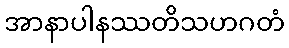
အာနာပါနဿတိသဟဂတံ